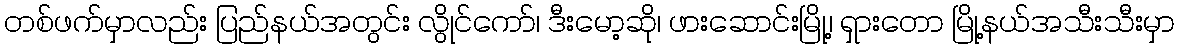
တစ်ဖက်မှာလည်း ပြည်နယ်အတွင်း လွိုင်ကော်၊ ဒီးမော့ဆို၊ ဖားဆောင်းမြို့၊ ရှားတော မြို့နယ်အသီးသီးမှာ